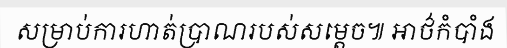
សម្រាប់ការហាត់ប្រាណរបស់សម្តេច៕ អាថ៌កំបាំង